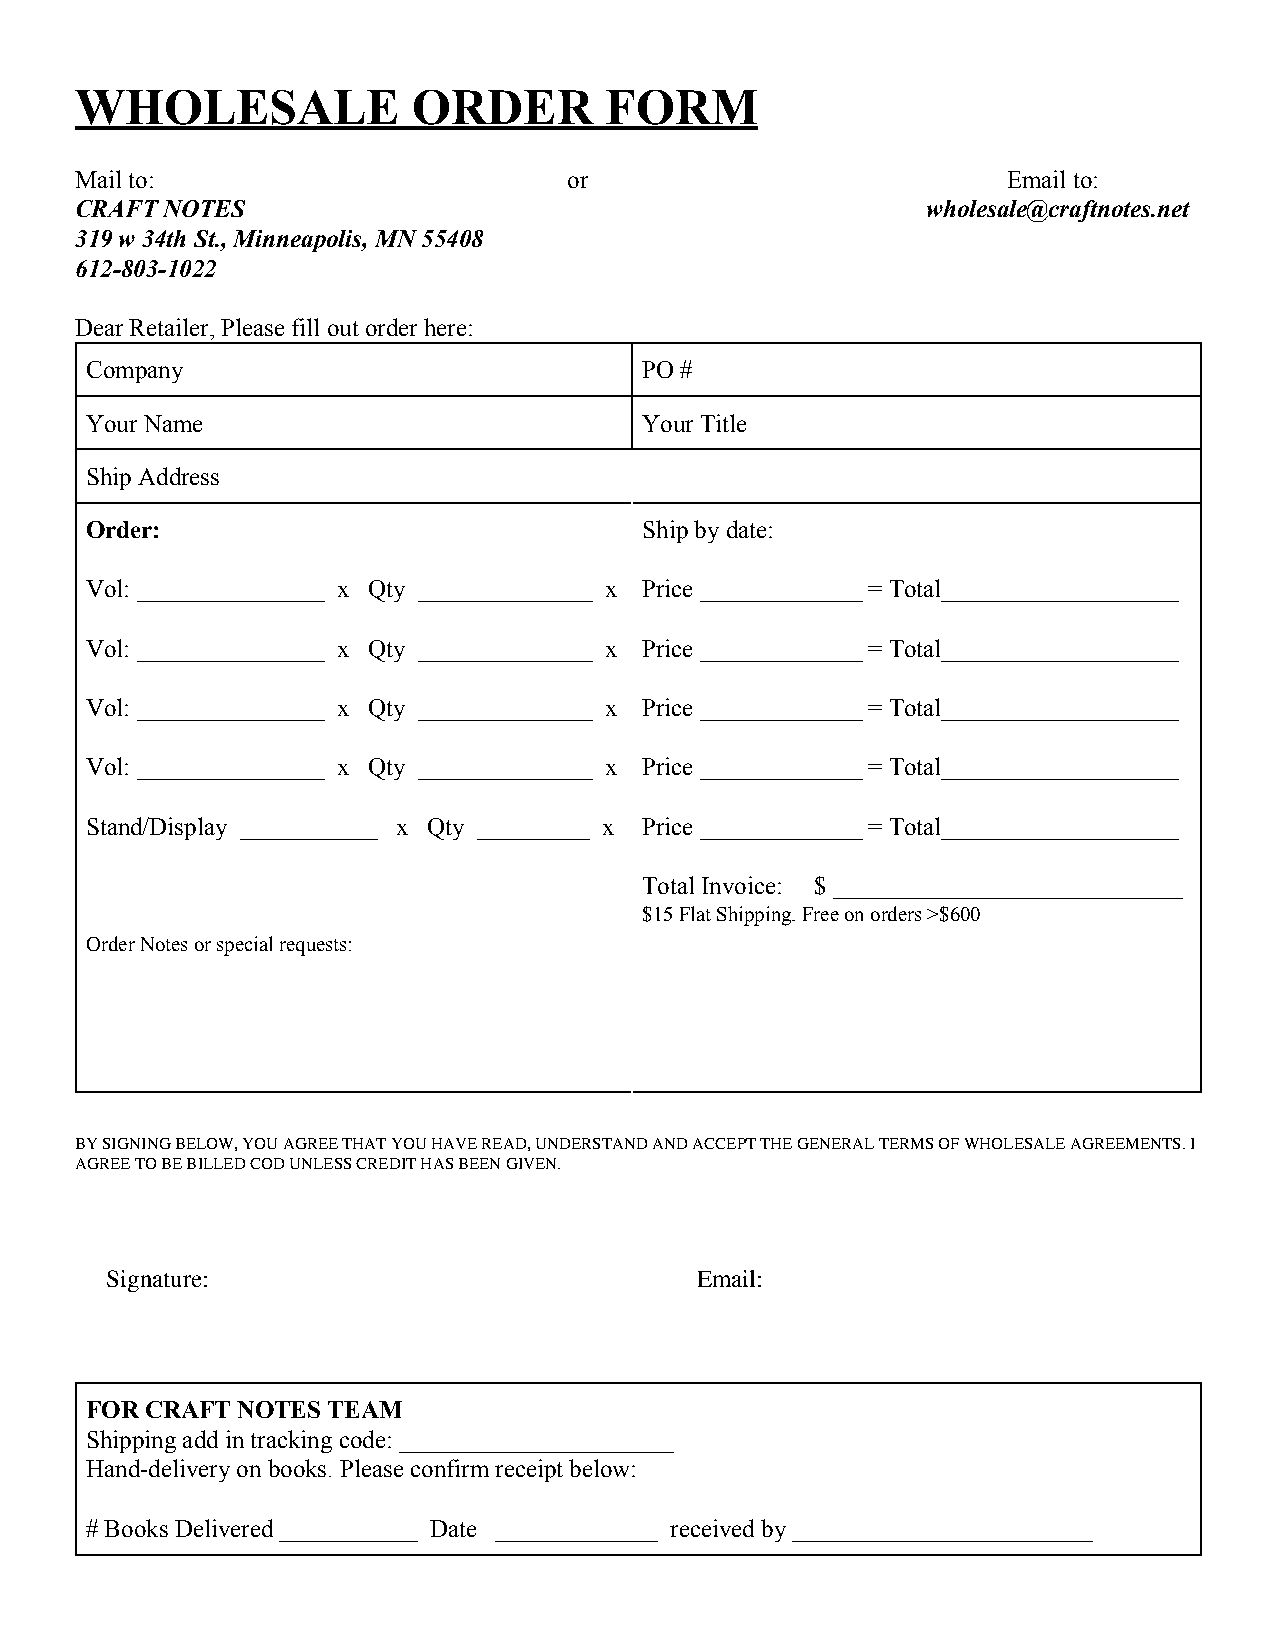
WHOLESALE             ORDER        FORM
 Mail to:                         or                           Email to:
 CRAFT NOTES                                             wholesale@craftnotes.net
 319 w 34th St., Minneapolis, MN 55408
 612-803-1022
 Dear Retailer, Please fill out order here:
 Company                              PO #
 Your Name                            Your Title
 Ship Address
 Order:                               Ship by date:
 Vol: _______________ x Qty ______________ x Price _____________ = Total___________________
 Vol: _______________ x Qty ______________ x Price _____________ = Total___________________
 Vol: _______________ x Qty ______________ x Price _____________ = Total___________________
 Vol: _______________ x Qty ______________ x Price _____________ = Total___________________
 Stand/Display ___________ x Qty _________ x Price _____________ = Total___________________
 Total Invoice: $ ____________________________
 $15 Flat Shipping. Free on orders >$600
 Order Notes or special requests:
 BY SIGNING BELOW, YOU AGREE THAT YOU HAVE READ, UNDERSTAND AND ACCEPT THE GENERAL TERMS OF WHOLESALE AGREEMENTS. I
 AGREE TO BE BILLED COD UNLESS CREDIT HAS BEEN GIVEN.
 Signature:                             Email:
 FOR CRAFT NOTES TEAM
 Shipping add in tracking code: ______________________
 Hand-delivery on books. Please confirm receipt below:
 # Books Delivered ___________ Date _____________ received by ________________________